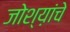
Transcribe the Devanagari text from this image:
जोश्य़ांचे